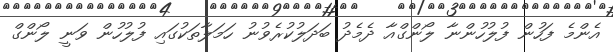
އެންމެ ފަހުން ފުލުހުންނާ ލޯންގްއާ ދެމެދު ބަދަލުކުރެވުނު ހަމަލާތަކުގައި ފުލުހުން ވަނީ ލޯންގް